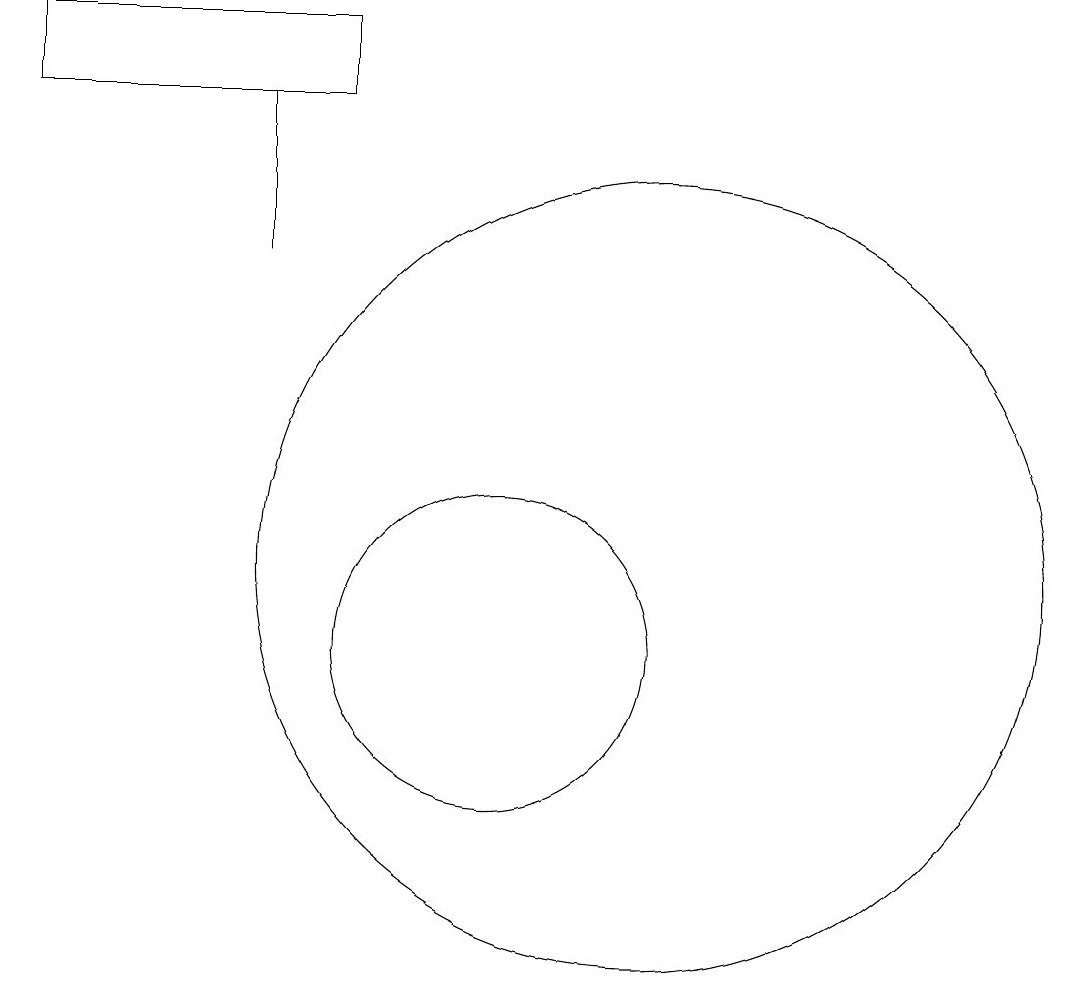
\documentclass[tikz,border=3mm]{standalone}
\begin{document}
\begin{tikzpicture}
\draw (7,17) rectangle (7,15);
\draw (10,10) circle (2);
\draw (12,11) circle (5);
\draw (8,17) rectangle (4,18);
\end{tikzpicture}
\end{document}